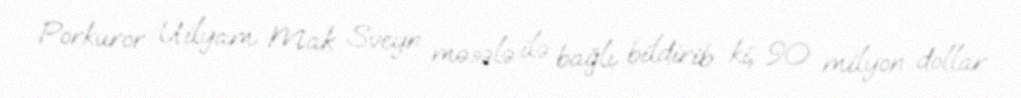
Porkuror Uilyam Mak Sveyn məsələ ilə bağlı bildirib ki, 90 milyon dollar